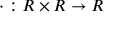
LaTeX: \cdot : R \times R \to R